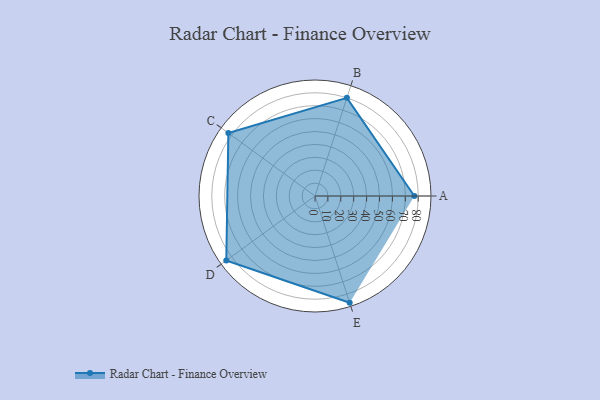
{"axis": {"x": "Skill", "y": "Score"}, "legend": ["Profile"], "data": [{"x": "A", "y": 77.0, "type": "Profile"}, {"x": "B", "y": 80.0, "type": "Profile"}, {"x": "C", "y": 83.0, "type": "Profile"}, {"x": "D", "y": 85.0, "type": "Profile"}, {"x": "E", "y": 87.0, "type": "Profile"}]}